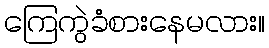
ကြေကွဲခံစားနေမလား။